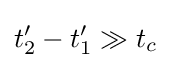
t_{2}'-t_{1}'\gg t_{c}